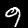
Label: 9